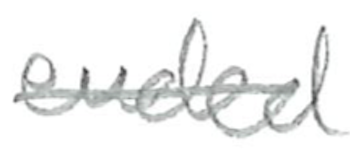
Text: ended
Cross-out: mix
Writing tool: pencil